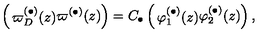
\left( \begin{matrix} { \varpi _ { D } ^ { ( \bullet ) } ( z ) } \\ { \varpi ^ { ( \bullet ) } ( z ) } \\ \end{matrix} \right) = C _ { \bullet } \left( \begin{matrix} { \varphi _ { 1 } ^ { ( \bullet ) } ( z ) } \\ { \varphi _ { 2 } ^ { ( \bullet ) } ( z ) } \\ \end{matrix} \right) ,